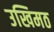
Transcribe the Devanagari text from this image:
उखिमठ